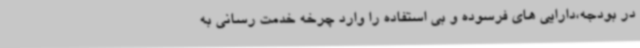
در بودجه،دارایی های فرسوده و بی استفاده را وارد چرخه خدمت رسانی به